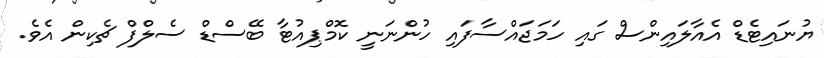
ޔުނައިޓެޑް އެއާލައިންސް ގައި ހަމަޖައްސާފައި ހުންނަނީ ކޮމްޕިއުޓާ ބޭސްޑް ސެލްފް ޗެކިން އެވެ.